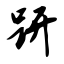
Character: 趼